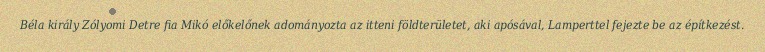
Béla király Zólyomi Detre fia Mikó előkelőnek adományozta az itteni földterületet, aki apósával, Lamperttel fejezte be az építkezést.